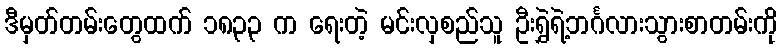
ဒီမှတ်တမ်းတွေထက် ၁၈၃၃ က ရေးတဲ့ မင်းလှစည်သူ ဦးရွှဲရဲ့ဘင်္ဂလားသွားစာတမ်းကို